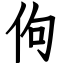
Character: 佝